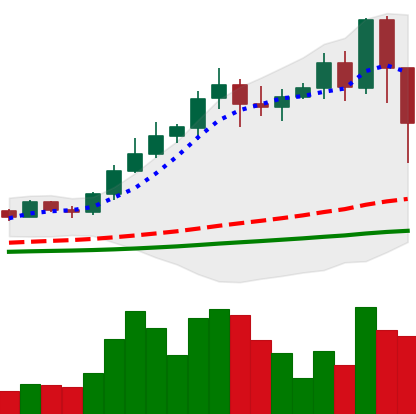
Ticker: NEO-USD
Chart end date: 2021-02-23
Forward return: -8.9%
Label: down_7plus